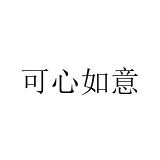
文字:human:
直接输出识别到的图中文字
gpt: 可心如意